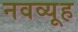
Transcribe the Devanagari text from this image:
नवव्यूह